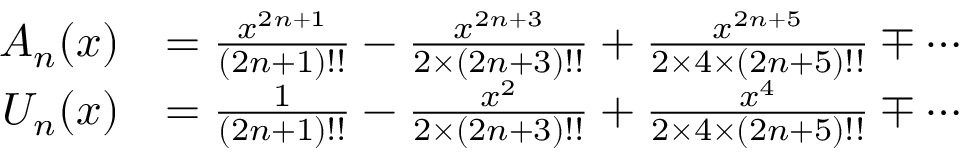
{ \begin{array} { r l } { A _ { n } ( x ) } & { = { \frac { x ^ { 2 n + 1 } } { ( 2 n + 1 ) ! ! } } - { \frac { x ^ { 2 n + 3 } } { 2 \times ( 2 n + 3 ) ! ! } } + { \frac { x ^ { 2 n + 5 } } { 2 \times 4 \times ( 2 n + 5 ) ! ! } } \mp \cdots } \\ { U _ { n } ( x ) } & { = { \frac { 1 } { ( 2 n + 1 ) ! ! } } - { \frac { x ^ { 2 } } { 2 \times ( 2 n + 3 ) ! ! } } + { \frac { x ^ { 4 } } { 2 \times 4 \times ( 2 n + 5 ) ! ! } } \mp \cdots } \end{array} }